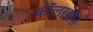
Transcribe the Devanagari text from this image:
कॉलख़ोज़